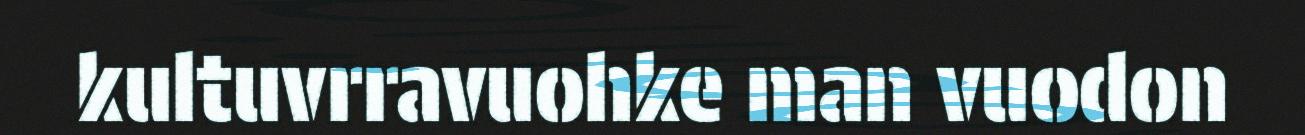
kultuvrravuohke man vuodon